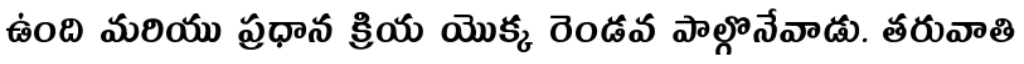
ఉంది మరియు ప్రధాన క్రియ యొక్క రెండవ పాల్గొనేవాడు. తరువాతి